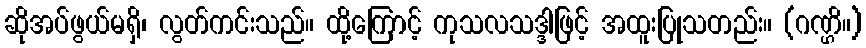
ဆိုအပ်ဖွယ်မရှိ၊ လွတ်ကင်းသည်။ ထို့ကြောင့် ကုသလသဒ္ဒါဖြင့် အထူးပြုသတည်း။ (ဂဏ္ဌိ။)